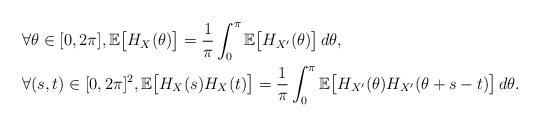
LaTeX: \begin{align*}&\forall\theta\in[0,2\pi], \mathbb{E}\bigl[H_{X}(\theta) \bigr]=\frac{1}{\pi}\int_0^{\pi}\mathbb{E}\bigl[H_{X'}(\theta) \bigr]\,d\theta,\\&\forall(s,t)\in[0,2\pi]^2, \mathbb{E}\bigl[H_{X}(s)H_{X}(t)\bigr]=\frac{1}{\pi}\int_0^{\pi}\mathbb{E}\bigl[H_{X'}(\theta)H_{X'}(\theta+s-t) \bigr]\,d\theta.\end{align*}